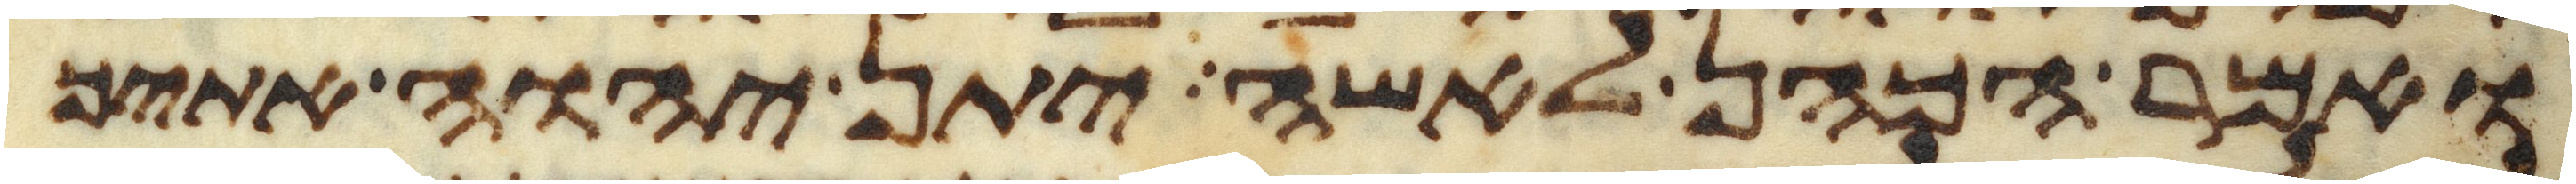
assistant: ואמר הכהן לאשה יתן יהוה אתיך